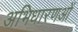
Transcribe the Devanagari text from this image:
अभिधारणओं